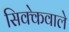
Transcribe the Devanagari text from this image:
सिक्केवाले